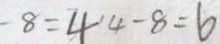
- 8 = 4 1 4 - 8 = 6